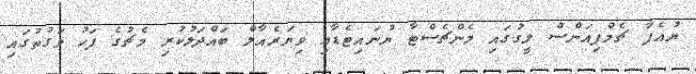
ޔުއެފާ ޗެމްޕިއަންސް ލީގުގައި މެންޗެސްޓާ ޔުނައިޓެޑާއި ވިޔަރެއާލް ބައްދަލުކުރި މެޗުގެ ފަހު ވަގުތުގައި